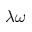
\lambda \omega